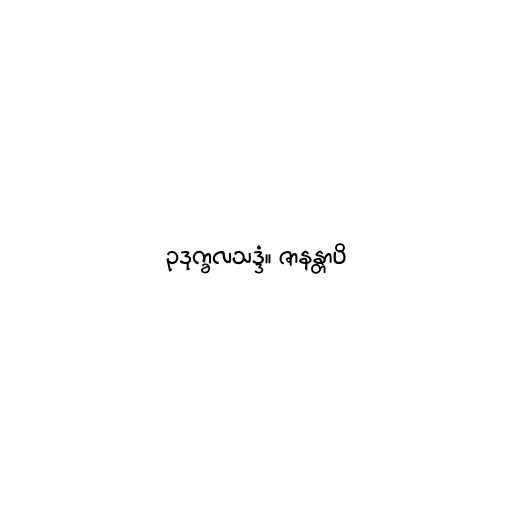
ဥဒုက္ခလသဒ္ဒံ။ ဇာနန္တာပိ